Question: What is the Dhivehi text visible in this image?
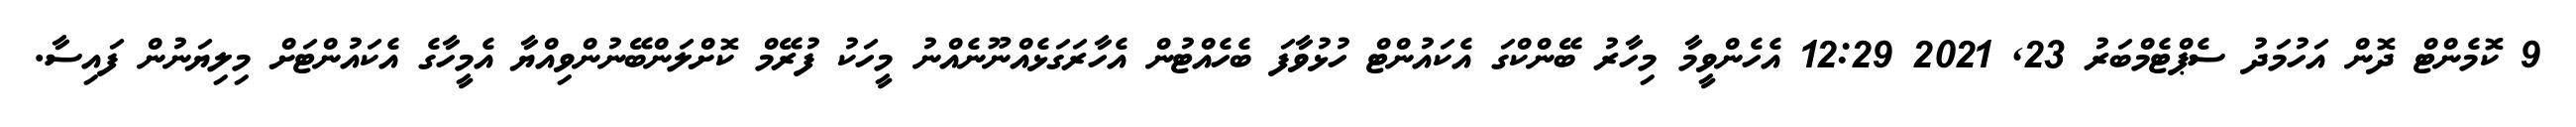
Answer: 9 ކޮމެންޓް ދޮން އަހުމަދު ސެޕްޓެމްބަރު 23, 2021 12:29 އެހެންވީމާ މިހާރު ބޭންކްގަ އެކައުންޓް ހުޅުވާފަ ބެހެއްޓުން އެހާރަގަޅެއްނޫނެއްނު މީހަކު ފުރޭމް ކޮށްލަންބޭނުންވިއްޔާ އެމީހާގެ އެކައުންޓަށް މިލިޔަނުން ފައިސާ.